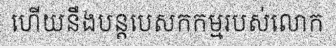
ហើយនឹងបន្តបេសកកម្មរបស់លោក